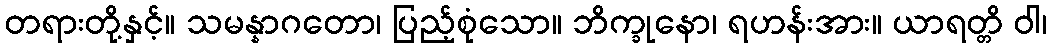
တရားတို့နှင့်။ သမန္နာဂတော၊ ပြည့်စုံသော။ ဘိက္ခုနော၊ ရဟန်းအား။ ယာရတ္တိ ဝါ၊